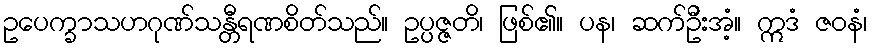
ဥပေက္ခာသဟဂုဏ်သန္တီရဏစိတ်သည်။ ဥပ္ပဇ္ဇတိ၊ ဖြစ်၏။ ပန၊ ဆက်ဦးအံ့။ ဣဒံ ဇဝနံ၊